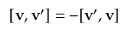
[ { \bf v } , { \bf v } ^ { \prime } ] = - [ { \bf v } ^ { \prime } , { \bf v } ]